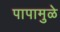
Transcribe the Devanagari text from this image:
पापामुळे